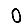
Digit: 0